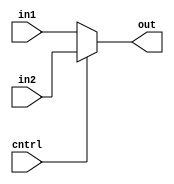
module MUX2to1_4(cntrl,in1,in2,out);
input cntrl;
input [3:0] in1,in2;
output [3:0] out;
assign out = (cntrl == 1) ? in2 : in1;
endmodule